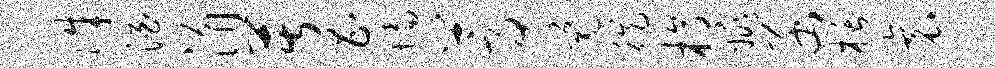
侏酒涓苦昌墙蒿觉徙槁姚函栝衰